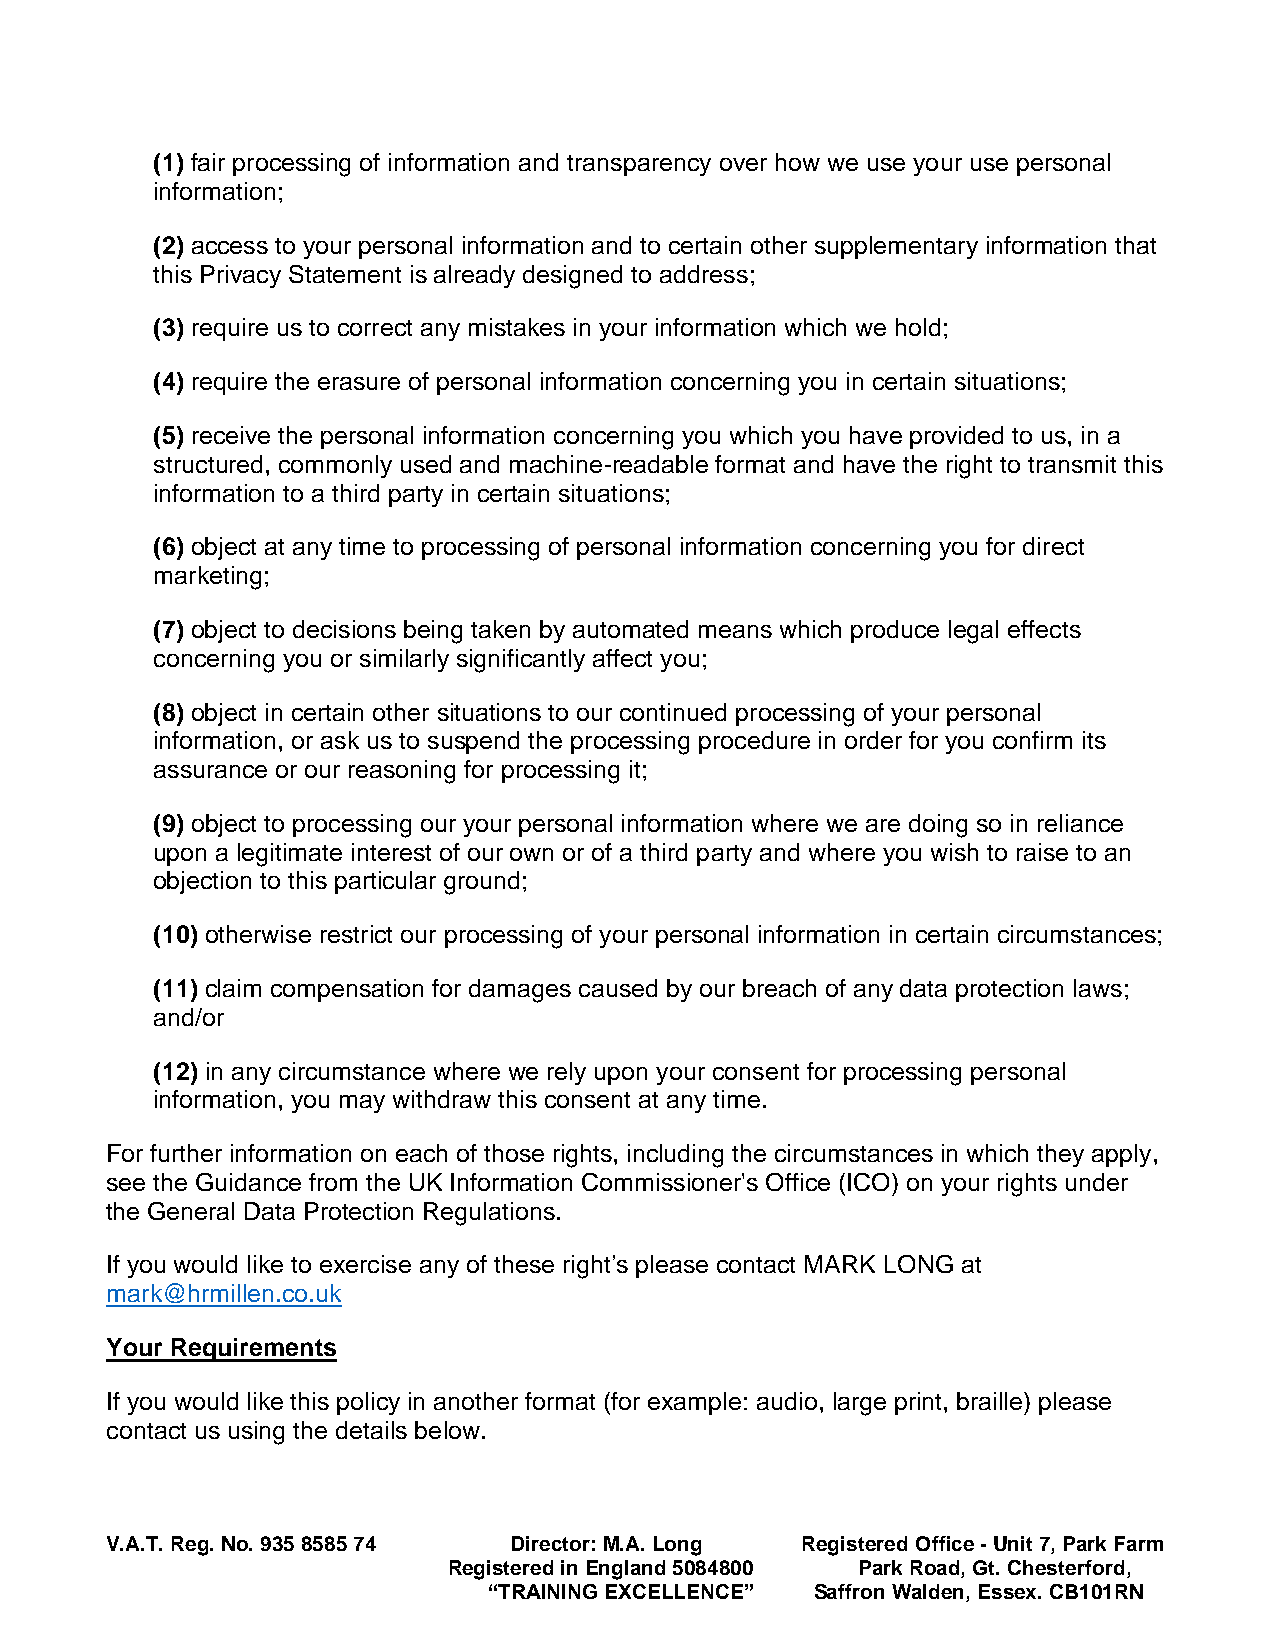
(1) fair processing of information and transparency over how we use your use personal
 information;
 (2) access to your personal information and to certain other supplementary information that
 this Privacy Statement is already designed to address;
 (3) require us to correct any mistakes in your information which we hold;
 (4) require the erasure of personal information concerning you in certain situations;
 (5) receive the personal information concerning you which you have provided to us, in a
 structured, commonly used and machine-readable format and have the right to transmit this
 information to a third party in certain situations;
 (6) object at any time to processing of personal information concerning you for direct
 marketing;
 (7) object to decisions being taken by automated means which produce legal effects
 concerning you or similarly significantly affect you;
 (8) object in certain other situations to our continued processing of your personal
 information, or ask us to suspend the processing procedure in order for you confirm its
 assurance or our reasoning for processing it;
 (9) object to processing our your personal information where we are doing so in reliance
 upon a legitimate interest of our own or of a third party and where you wish to raise to an
 objection to this particular ground;
 (10) otherwise restrict our processing of your personal information in certain circumstances;
 (11) claim compensation for damages caused by our breach of any data protection laws;
 and/or
 (12) in any circumstance where we rely upon your consent for processing personal
 information, you may withdraw this consent at any time.
 For further information on each of those rights, including the circumstances in which they apply,
 see the Guidance from the UK Information Commissioner's Office (ICO) on your rights under
 the General Data Protection Regulations.
 If you would like to exercise any of these right’s please contact MARK LONG at
 mark@hrmillen.co.uk
 Your Requirements
 If you would like this policy in another format (for example: audio, large print, braille) please
 contact us using the details below.
 V.A.T. Reg. No. 935 8585 74 Director: M.A. Long Registered Office - Unit 7, Park Farm
 Registered in England 5084800 Park Road, Gt. Chesterford,
 “TRAINING EXCELLENCE” Saffron Walden, Essex. CB101RN